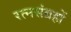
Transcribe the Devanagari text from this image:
रत्नसंग्रहों